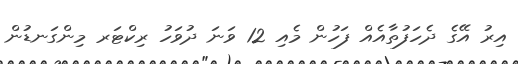
އިރު އޭގެ ދެހަފުތާއެއް ފަހުން މެއި 12 ވަނަ ދުވަހު ރިކްޓަރ މިންގަނޑުން